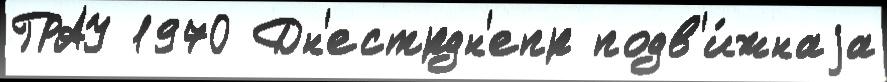
ГРАУ 1970 Дн'естрдн'епр подв'и́жнаjа